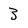
Character: 3